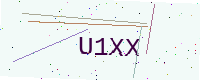
Text: U1XX